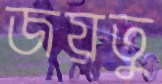
জয়তু